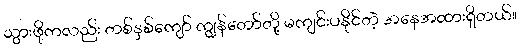
သွားဖို့ကလည်း တစ်နှစ်ကျော် ကျွန်တော်တို့ မကျင်းပနိုင်တဲ့ အနေအထားရှိတယ်။